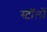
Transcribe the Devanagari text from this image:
स्टॉलों